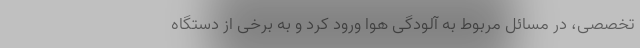
تخصصی، در مسائل مربوط به آلودگی هوا ورود کرد و به برخی از دستگاه